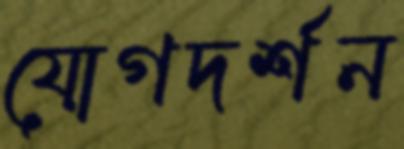
যোগদর্শন